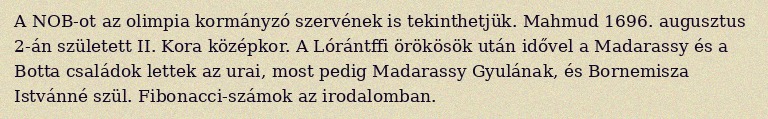
A NOB-ot az olimpia kormányzó szervének is tekinthetjük. Mahmud 1696. augusztus 2-án született II. Kora középkor. A Lórántffi örökösök után idővel a Madarassy és a Botta családok lettek az urai, most pedig Madarassy Gyulának, és Bornemisza Istvánné szül. Fibonacci-számok az irodalomban.